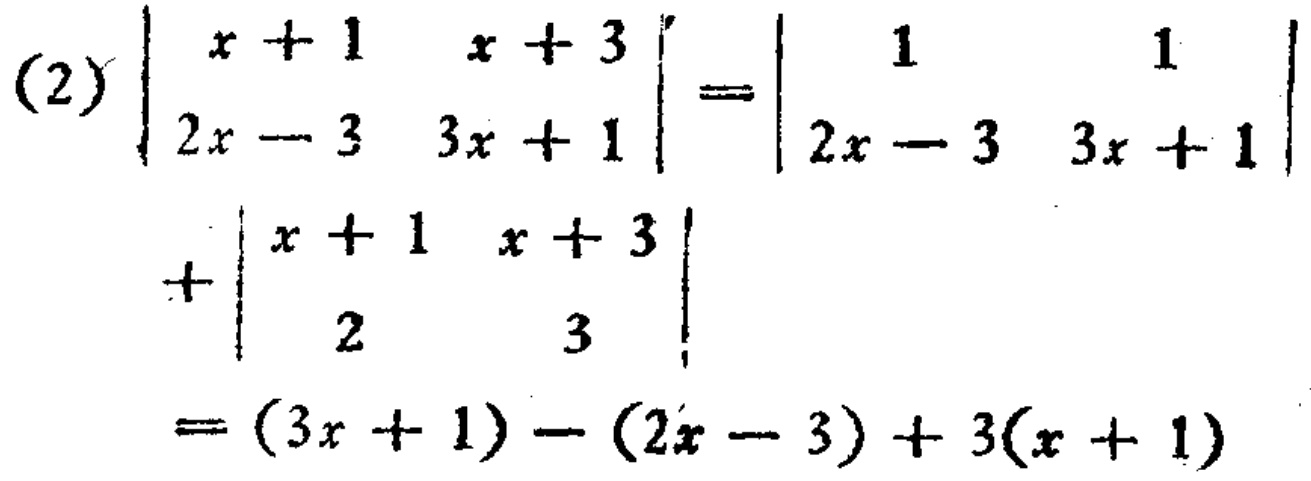
(2)$$\begin{vmatrix}
x + 1 & x + 3\\
2x - 3 & 3x + 1
\end{vmatrix}=\begin{vmatrix}
1 & 1\\
2x - 3 & 3x + 1
\end{vmatrix}+\begin{vmatrix}
x + 1 & x + 3\\
2 & 3
\end{vmatrix}=(3x + 1)-(2x - 3)+3(x + 1)$$